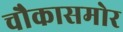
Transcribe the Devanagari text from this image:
चौकासमोर